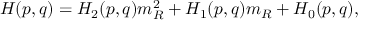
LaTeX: H ( p , q ) = H _ { 2 } ( p , q ) m _ { R } ^ { 2 } + H _ { 1 } ( p , q ) m _ { R } + H _ { 0 } ( p , q ) ,